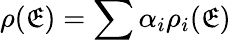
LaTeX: {\rho}(\mathfrak{E})=\sum{{\alpha}_{i}{\rho}_{i}(\mathfrak{E})}